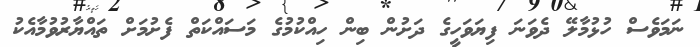
ނަމަވެސް ހުޅުމާލޭ ދެވަނަ ފިޔަވަހީގެ ދަށުން ބިން ހިއްކުމުގެ މަސައްކަތް ފެށުމަށް ތައްޔާރުވުމާއެކު